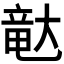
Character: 𪥛